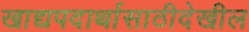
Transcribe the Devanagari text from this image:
खाद्यपदार्थासाठीदेखील